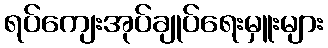
ရပ်ကျေးအုပ်ချုပ်ရေးမှူးများ